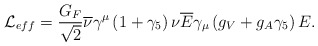
\begin{align*}{ \cal L } _{eff}=\frac{G_{F}}{\sqrt{2}}\overline{\nu }\gamma ^{\mu }\left( 1+\gamma _{5}\right) \nu \overline{E}\gamma _{\mu }\left( g_{V}+g_{A}\gamma _{5}\right) E.\end{align*}